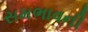
સમભાવની